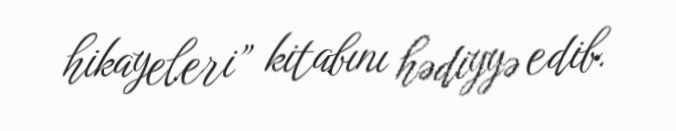
hikayeleri” kitabını hədiyyə edib.